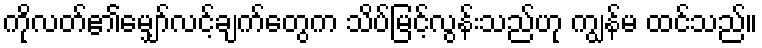
ကိုလတ်၏မျှော်လင့်ချက်တွေက သိပ်မြင့်လွန်းသည်ဟု ကျွန်မ ထင်သည်။